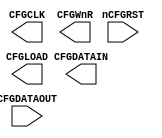
//-----------------------------------------------------------------------------
// The confidential and proprietary information contained in this file may
// only be used by a person authorised under and to the extent permitted
// by a subsisting licensing agreement from ARM Limited.
//
//            (C) COPYRIGHT 2010-2015 ARM Limited.
//                ALL RIGHTS RESERVED
//
// This entire notice must be reproduced on all copies of this file
// and copies of this file may only be made by a person if such person is
// permitted to do so under the terms of a subsisting license agreement
// from ARM Limited.
//
//      Checked In          : $Date: 2006/01/15 16:47:59 $
//      Revision            : $Revision: 365823 $
//
//  -------------------------------------------------------------------------
//  Purpose: Simple SCC master interface to FPGA
//  -------------------------------------------------------------------------

`timescale 1 ns/1 ps
module scc_tb (
  CFGCLK,
  nCFGRST,
  CFGLOAD,
  CFGWnR,
  CFGDATAIN,
  CFGDATAOUT
);

//-----------------------------------------------------------------------------
// port declarations
//-----------------------------------------------------------------------------
output          CFGCLK;       //CLK
input           nCFGRST;      //Reset
output          CFGLOAD;      //High when write data is complete or when read data is expected
output          CFGWnR;       //Read_n / Write to SCC
output          CFGDATAIN;    //Date In
input           CFGDATAOUT;   //Date Out
/*

//-----------------------------------------------------------------------------
// Constants
//-----------------------------------------------------------------------------

// Store the serial in packet
// 44 bit packet: | Address[11:0] | Data[31:0]
// WnR 0 = SCC Read, 1 = SCC Write

//-----------------------------------------------------------------------------
// Wire declarations
//-----------------------------------------------------------------------------
reg             iCFGCLK;
reg     [43:0]  ShiftReg;
reg             CFGWnR_reg;
reg             CFGDATAIN_reg;
reg     [43:0]  DCC_datain;
reg             CFGLOAD_reg;

integer         i;

//-----------------------------------------------------------------------------
// Main body of code
//-----------------------------------------------------------------------------


// Read
//
// 1. Set CFGWnR = 0
// 2. Send Address
// 3. Send CFGLOAD
// 4. Read Data


// Write
// 1. Set CFGWnR = 1
// 2. Send Address
// 4. Read Data
// 3. Send CFGLOAD




initial
  begin
    CFGLOAD_reg   = 1'b0;
    iCFGCLK       = 1'b0;
    CFGDATAIN_reg = 1'b0;
  end


always @ (posedge nCFGRST)
begin

  scc_write (44'hCCC_CCCC_CCCC, i, CFGWnR_reg, iCFGCLK, CFGLOAD_reg, CFGDATAIN_reg);
#8000
  scc_read (44'hCCC_000_000, i, CFGDATAOUT, CFGWnR_reg, iCFGCLK, CFGLOAD_reg, CFGDATAIN_reg);
end



//       Write
// ----------------
task scc_write;
  input  [43:0] ShiftReg, i;
  output CFGWnR_reg, iCFGCLK, CFGLOAD_reg, CFGDATAIN_reg;

  begin
    CFGWnR_reg = 1'b1;
    #500
      send_address (ShiftReg, i, iCFGCLK, CFGDATAIN_reg);
    #20000
      send_CFGLOAD (iCFGCLK, CFGLOAD_reg);
    #50000
      write_data   (ShiftReg, i, iCFGCLK, CFGDATAIN_reg);
  end
endtask


//       Read
// ----------------
task scc_read;
  input [43:0] ShiftReg, i, CFGDATAOUT;
  output CFGWnR_reg, iCFGCLK, CFGDATAIN_reg, CFGLOAD_reg;
  output [43:0] DCC_datain;

  begin
    CFGWnR_reg = 1'b0;
    #500
      send_address (ShiftReg, i, iCFGCLK, CFGDATAIN_reg);
    #20000
     read_data    (CFGDATAOUT, i, iCFGCLK, DCC_datain);
    #50000
      send_CFGLOAD (iCFGCLK, CFGLOAD_reg);
  end
endtask


//   Send Address
// ----------------
task send_address; //19500
  input  [43:0] ShiftReg, i;
  output iCFGCLK,CFGDATAIN_reg;

  begin
   for (i=0; i < 12 ; i=i+1) //19500
    begin
      #500
        CFGDATAIN_reg <= ShiftReg[43-i];
      #500
        iCFGCLK = ~iCFGCLK;
      #500
        iCFGCLK = ~iCFGCLK;
    end
  end
endtask


//   CFGLOAD
// -----------
task send_CFGLOAD; //4000
  output iCFGCLK, CFGLOAD;

  begin
    #500
      CFGLOAD = 1'b1;
    #500
      iCFGCLK = ~iCFGCLK;
    #500
      CFGLOAD = 1'b0;
    #500
      iCFGCLK = ~iCFGCLK;
  end
endtask


//  Write DATA to SCC
// ---------------------
task write_data;  //49500
  input  [43:0] ShiftReg, i;
  output iCFGCLK, CFGDATAIN_reg;

  begin
    for  (i=0; i < 32 ; i=i+1)
    begin
      #500
        CFGDATAIN_reg <= ShiftReg[31-i];
      #500
        iCFGCLK = ~iCFGCLK;
      #500
        iCFGCLK = ~iCFGCLK;
    end
  end
endtask


//  Read DATA from SCC
// ----------------------
task read_data;  //49500
  input  CFGDATAOUT, i;
  output iCFGCLK;
  output [43:0] DCC_datain;
  begin
    for  (i=0; i < 32 ; i=i+1)
    begin
      #500
        iCFGCLK = ~iCFGCLK;
      #500
        DCC_datain[0+i] <= CFGDATAOUT;
      #500
        iCFGCLK = ~iCFGCLK;
    end
  end
endtask


assign CFGCLK    = iCFGCLK;
assign CFGWnR    = CFGWnR_reg;
assign CFGDATAIN = CFGDATAIN_reg;
assign CFGLOAD   = CFGLOAD_reg;
*/
endmodule